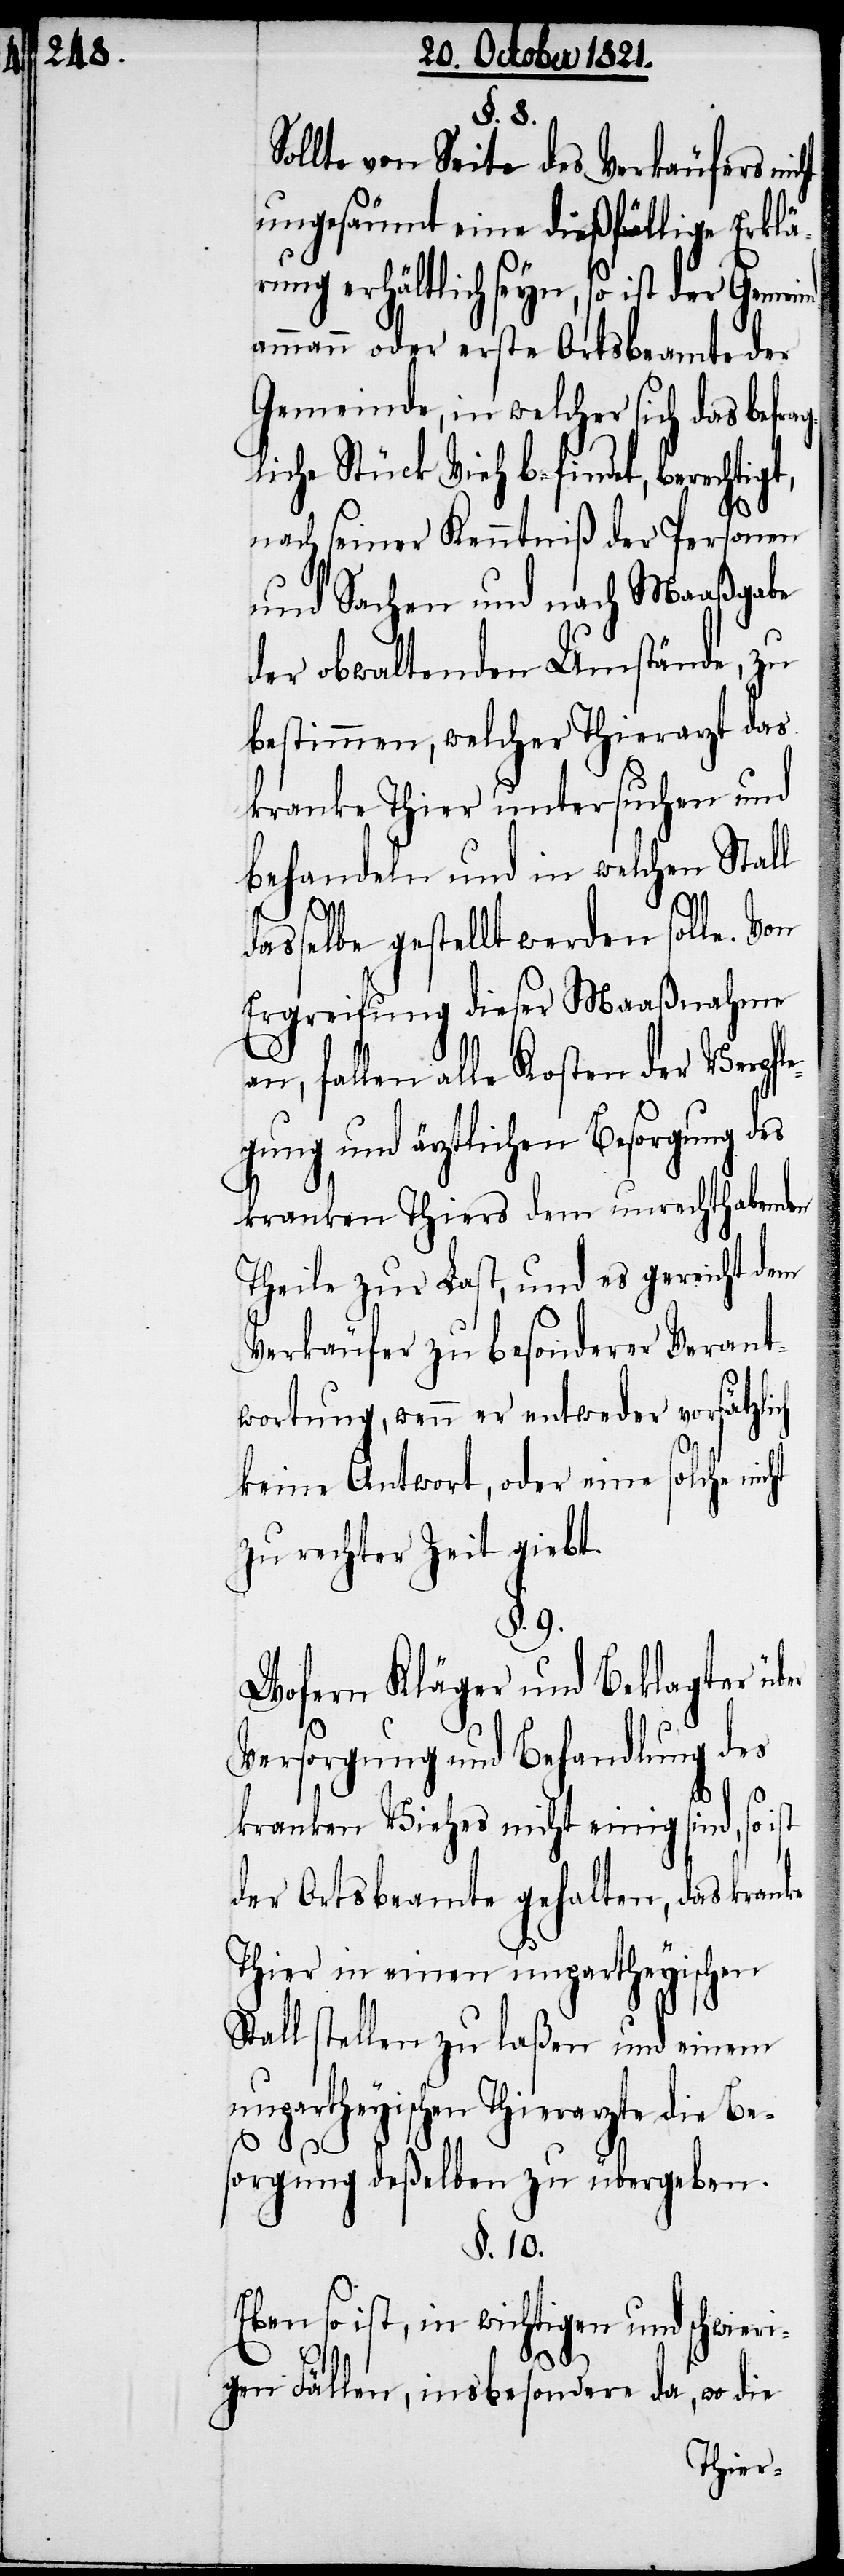
§. 8.
Sollte von Seite des Verkäufers ni¬
ungesäumt eine dießfällige Erklä¬
rung erhältlich seyn, so ist der Gemeind¬
ammann oder erste Ortsbeamte der
Gemeinde, in welcher sich das befra¬
liche Stück Vieh befindet, berechtig¬
nach seiner Kenntniß der Personen
und Sachen und nach Maaßgabe
der obwaltenden Umstände, zu
bestimmen, welcher Thierarzt das
kranke Thier untersuchen und
behandeln und in welchen Stall
ht
dasselbe gestellt werden soll. Von
Ergreifung dieser Maaßnahme
an, fallen alle Kosten der Verpfl¬
egung und ärztlichen Besorgung
kranken Thiers dem unrechthabenden
Theile zur Last, und es gereicht dem
Verkäufer zu besonderer Verant¬
wortung, wenn er entweder vorsätzli¬
keine Antwort, oder eine solche nic¬
zu rechter Zeit giebt.
§. 9.
Wofern Kläger und Beklagter
Versehung und Behandlung des
kranken Viehes nicht einig sind, so ist
der Ortsbeamte gehalten, das kranke
Thier in einen unpartheyischen
Stall stellen zu laßen und einem
unpartheyischen Thierarzt die Bes¬
ch
orgung deßelben zu übergeben.
§. 10.
Ebenso ist, in wichtigen und
schwieri¬
gen Fällen, insbesondere da, wo die